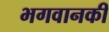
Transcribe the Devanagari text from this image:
भगवानकी